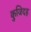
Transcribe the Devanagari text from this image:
कुजिदह